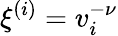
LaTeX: \xi^{(i)}=v_{i}^{-\nu}